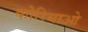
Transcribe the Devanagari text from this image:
कोरियाओ